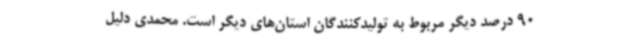
90 درصد دیگر مربوط به تولیدکنندگان استان‌های دیگر است. محمدی دلیل